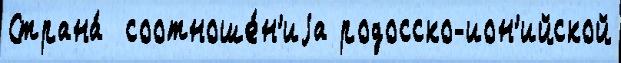
Страна́  соотноше́н'иjа родосско-ион'ийской